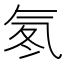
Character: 氡